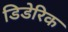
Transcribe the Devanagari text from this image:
डिडेरिक